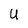
Character: U